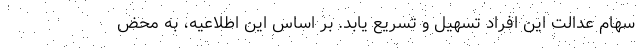
سهام عدالت این افراد تسهیل و تسریع یابد. بر اساس این اطلاعیه، به محض